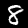
Label: 8